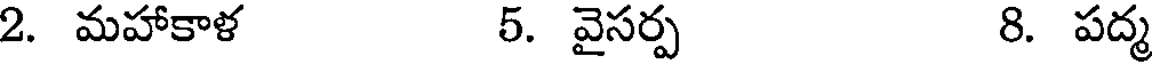
2. మహాకాళ 5. వైసర్ప 8. పద్మ